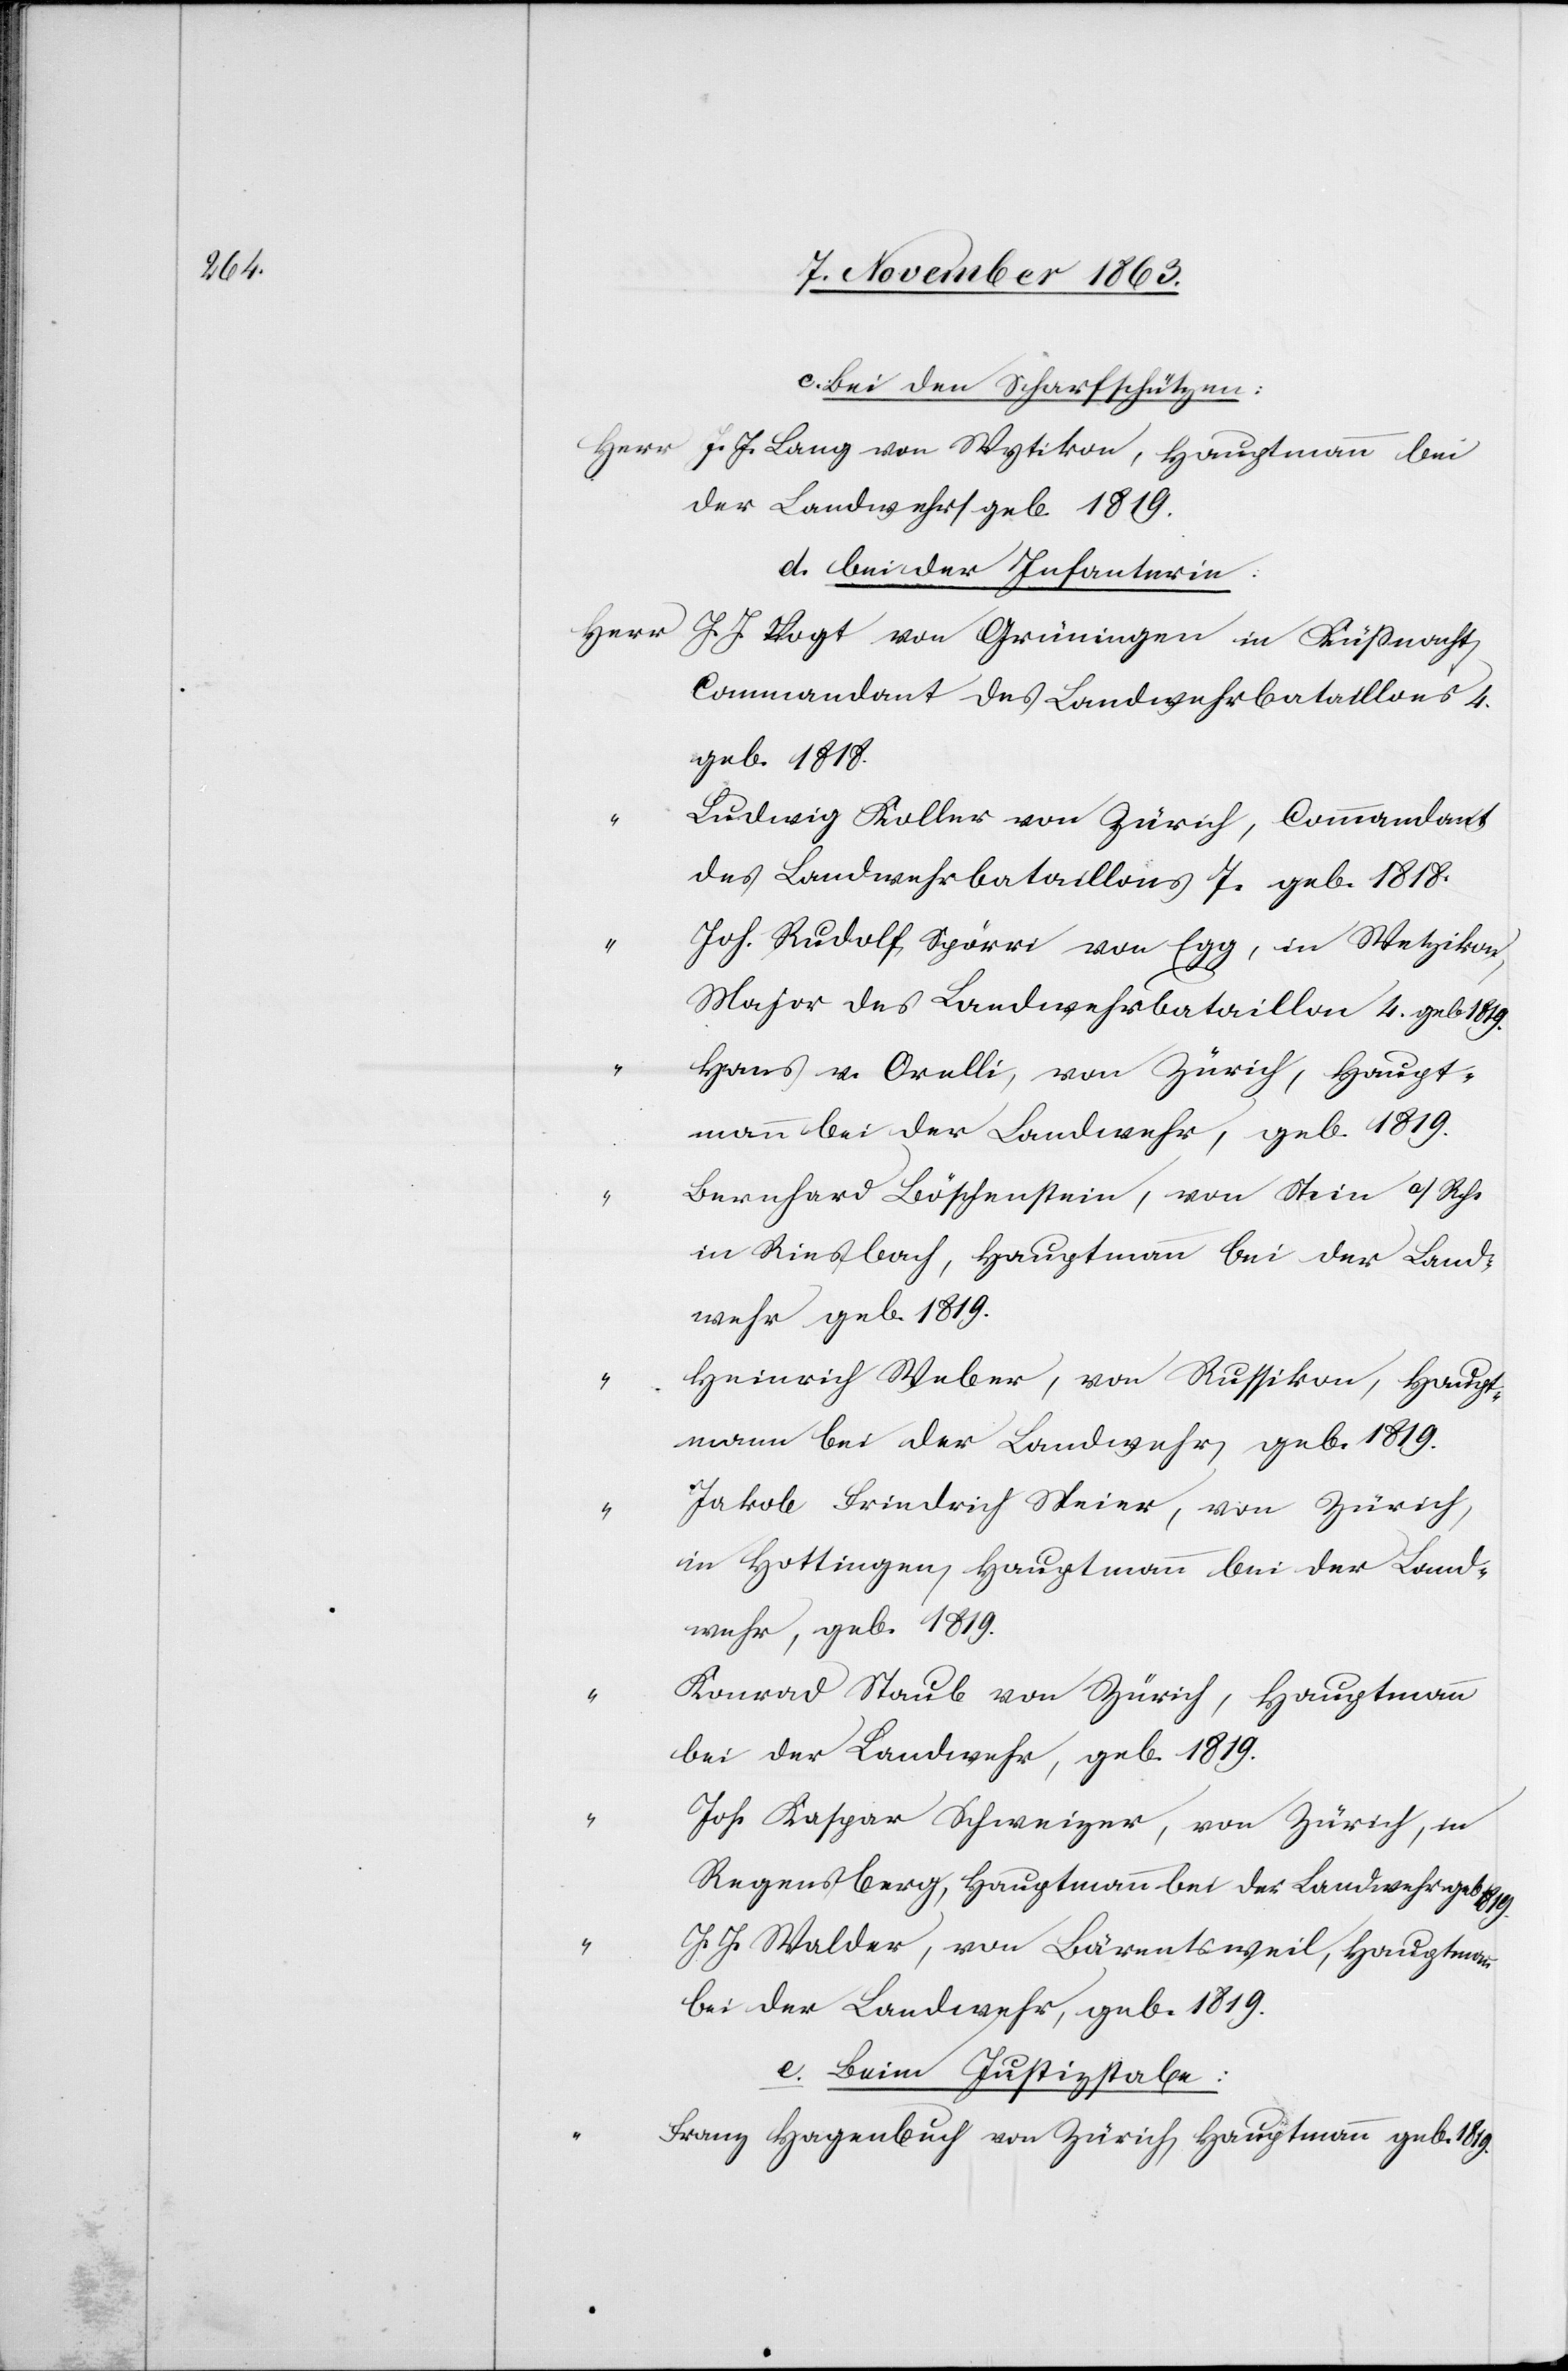
c. Bei den Scharfschützen:
Herr J. J. Lang von Wytikon, Hauptmann bei
der Landwehr/geb. 1819.
d. bei der Infanterie:
J. J. Vogt von Grüningen in Küßnacht,
Commandant des Landwehrbataillons 4.
geb. 1818.
Ludwig Koller von Zürich, Commandant
des Landwehrbataillons 7. geb. 1818.
Joh. Rudolf Spörri von Egg, in Wetzikon,
Major des Landwehrbataillon 4. geb 1819.
Hans v. Orelli, von Zürich, Haupt¬
mann bei der Landwehr, geb. 1819.
Bernhard Böschenstein, von Stein a/Rh.
in Riesbach, Hauptmann bei der Land¬
wehr geb. 1819.
Heinrich Weber, von Russikon, Haupt¬
mann bei der Landwehr, geb. 1819.
Jakob Friedrich Meier, von Zürich,
in Hottingen, Hauptmann bei der Land¬
wehr, geb. 1819.
Konrad Staub von Zürich, Hauptmann
bei der Landwehr, geb. 1819.
Jos. Kaspar Schweizer, von Zürich, in
Regensberg, Hauptmann bei der Landwehr geb
J. J. Walder, von Bärentsweil, Hauptmann
bei der Landwehr, geb. 1819.
e. Beim Justizstabe:
Franz Hagenbuch von Zürich, Hauptmann geb. 1819.